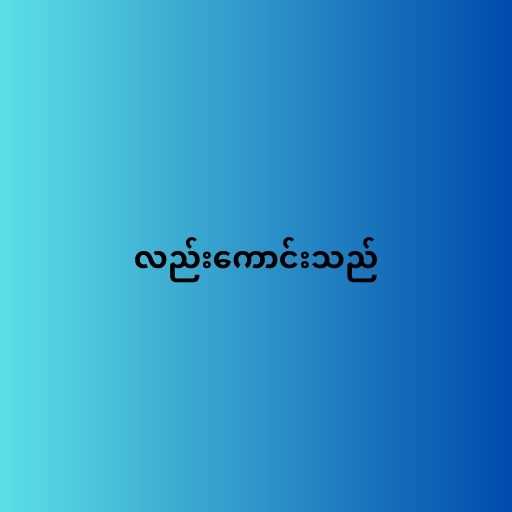
လည်းကောင်းသည်